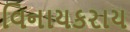
વિનાયકરાય